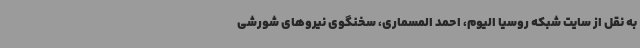
به نقل از سایت شبکه روسیا الیوم، احمد المسماری، سخنگوی نیروهای شورشی